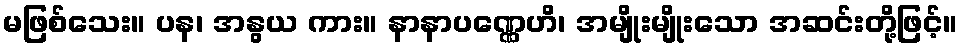
မဖြစ်သေး။ ပန၊ အနွယ ကား။ နာနာပဏ္ဏေဟိ၊ အမျိုးမျိုးသော အဆင်းတို့ဖြင့်။